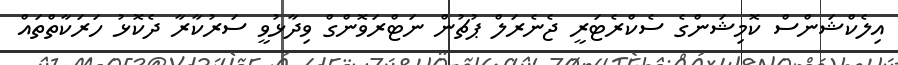
އިލެކްޝަންސް ކޮމިޝަންގެ ސެކްރެޓަރީ ޖެނެރަލް ޕުޗުން ނަޓްރަވޮންގް ވިދާޅުވީ ސަރުކާރާ ދެކޮޅު ހަރަކާތްތައް